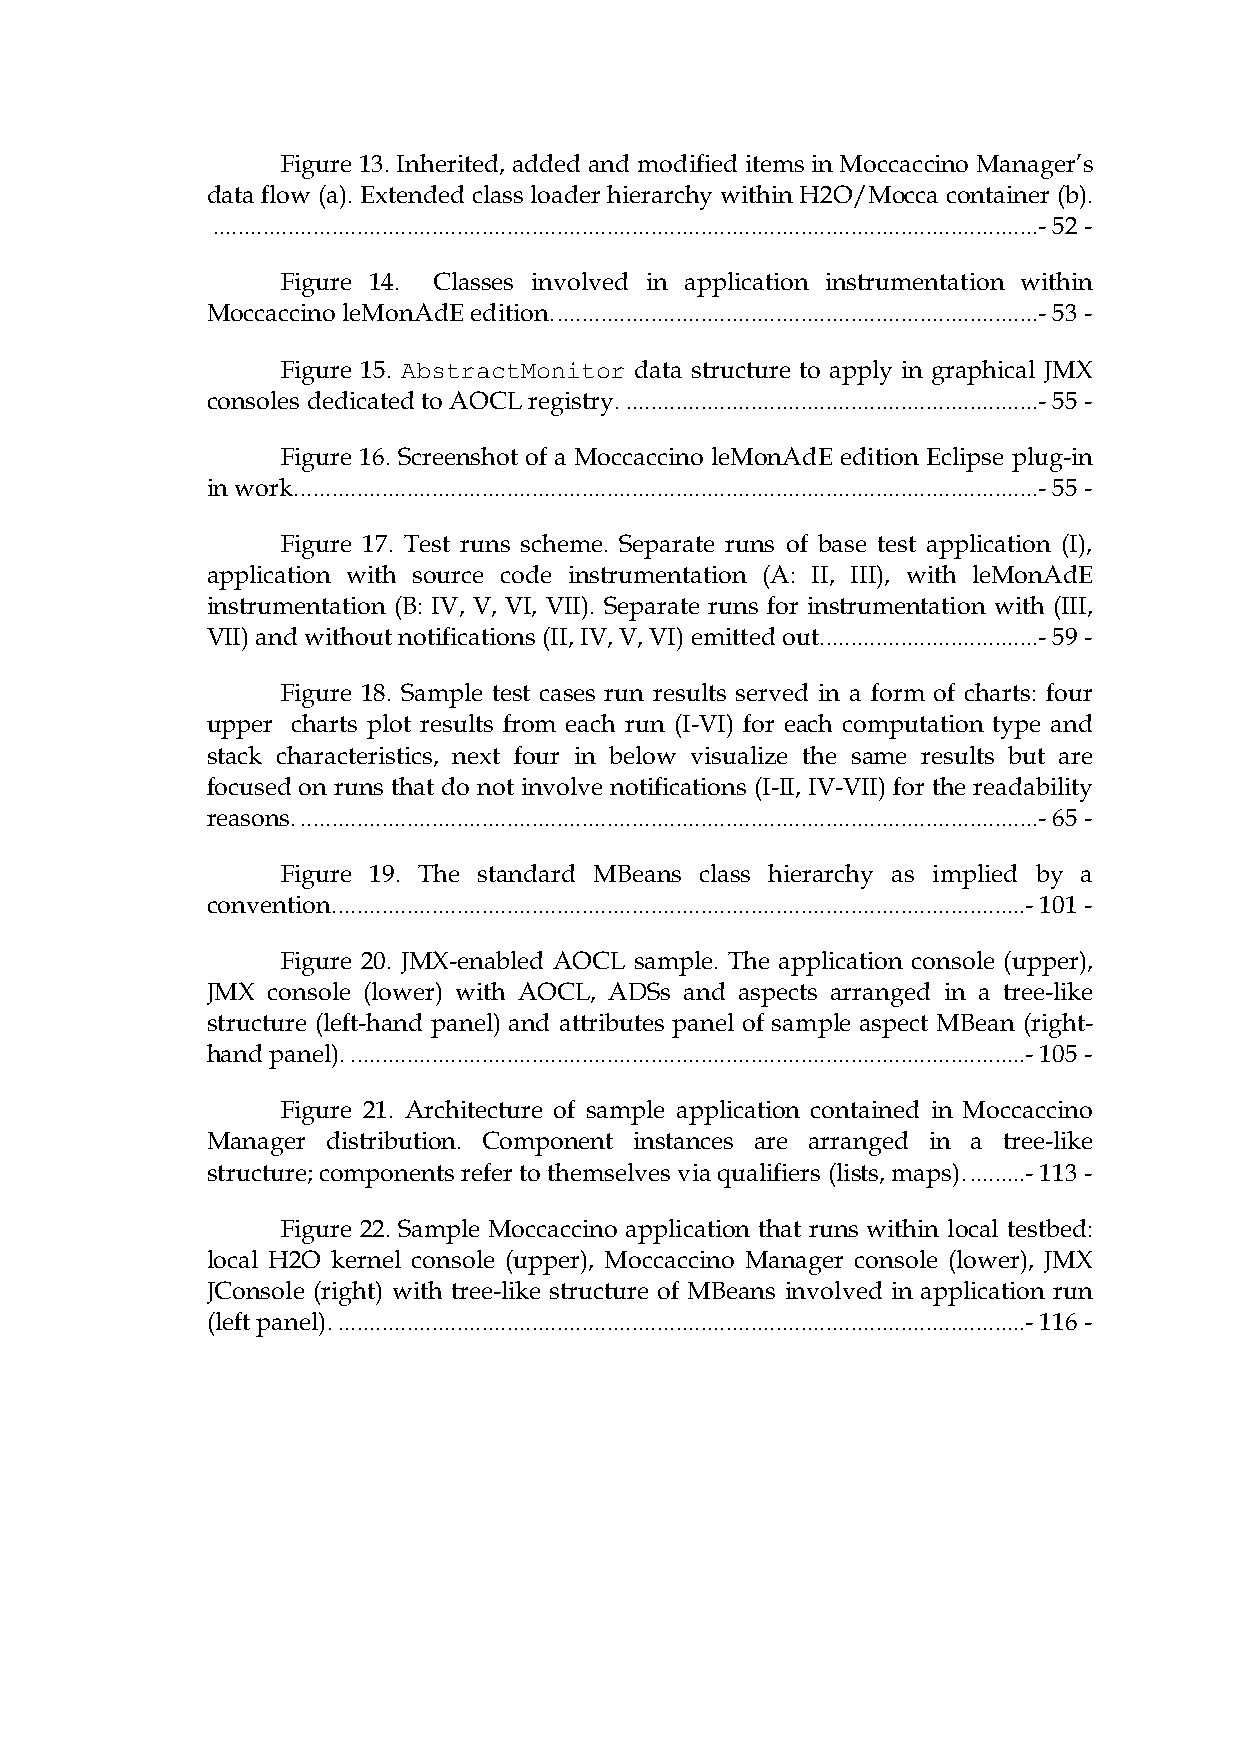
Figure 13. Inherited, added and modified items in Moccaccino Manager’s
 data flow (a). Extended class loader hierarchy within H2O/Mocca container (b).
 ....................................................................................................................................- 52 -
 Figure 14. Classes involved in application instrumentation within
 Moccaccino leMonAdE edition..............................................................................- 53 -
 Figure 15. AbstractMonitor data structure to apply in graphical JMX
 consoles dedicated to AOCL registry...................................................................- 55 -
 Figure 16. Screenshot of a Moccaccino leMonAdE edition Eclipse plug-in
 in work.......................................................................................................................- 55 -
 Figure 17. Test runs scheme. Separate runs of base test application (I),
 application with source code instrumentation (A: II, III), with leMonAdE
 instrumentation (B: IV, V, VI, VII). Separate runs for instrumentation with (III,
 VII) and without notifications (II, IV, V, VI) emitted out...................................- 59 -
 Figure 18. Sample test cases run results served in a form of charts: four
 upper charts plot results from each run (I-VI) for each computation type and
 stack characteristics, next four in below visualize the same results but are
 focused on runs that do not involve notifications (I-II, IV-VII) for the readability
 reasons.......................................................................................................................- 65 -
 Figure 19. The standard MBeans class hierarchy as implied by a
 convention...............................................................................................................- 101 -
 Figure 20. JMX-enabled AOCL sample. The application console (upper),
 JMX console (lower) with AOCL, ADSs and aspects arranged in a tree-like
 structure (left-hand panel) and attributes panel of sample aspect MBean (right-
 hand panel).............................................................................................................- 105 -
 Figure 21. Architecture of sample application contained in Moccaccino
 Manager distribution. Component instances are arranged in a tree-like
 structure; components refer to themselves via qualifiers (lists, maps)..........- 113 -
 Figure 22. Sample Moccaccino application that runs within local testbed:
 local H2O kernel console (upper), Moccaccino Manager console (lower), JMX
 JConsole (right) with tree-like structure of MBeans involved in application run
 (left panel)...............................................................................................................- 116 -